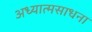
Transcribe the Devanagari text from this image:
अध्यात्मसाधना